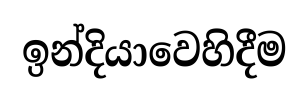
ඉන්දියාවෙහිදීම